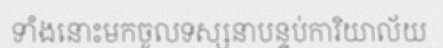
ទាំងនោះមកចូលទស្សនាបន្ទប់ការិយាល័យ